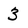
Character: 3